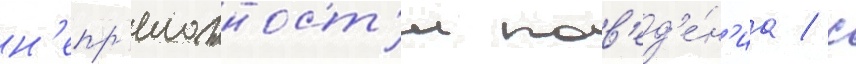
н'епр'еложност'и пов'ед'е́н'иа / с